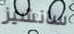
سانشيز